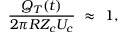
\frac { Q _ { T } ( t ) } { 2 \pi R Z _ { c } U _ { c } } ~ \approx ~ 1 ,